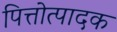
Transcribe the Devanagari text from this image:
पित्तोत्पादक